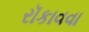
રૉકાવવા